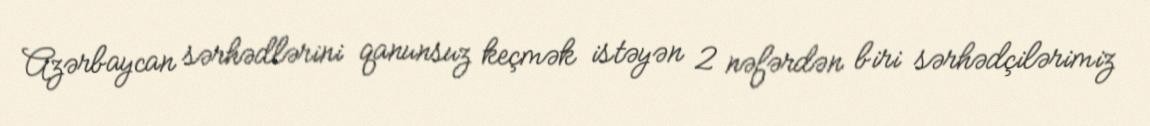
Azərbaycan sərhədlərini qanunsuz keçmək istəyən 2 nəfərdən biri sərhədçilərimiz